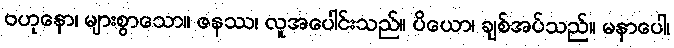
ဗဟုနော၊ များစွာသော။ ဇနဿ၊ လူအပေါင်းသည်။ ပိယော၊ ချစ်အပ်သည်။ မနာပေါ၊